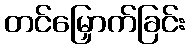
တင်မြှောက်ခြင်း